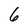
Character: 6